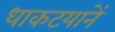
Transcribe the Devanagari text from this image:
धाकटयानें